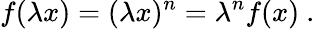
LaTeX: f(\lambda x)=(\lambda x)^{n}=\lambda^{n}f(x)~.